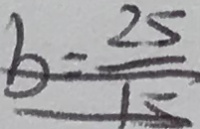
b = \frac { 2 5 } { 1 5 }